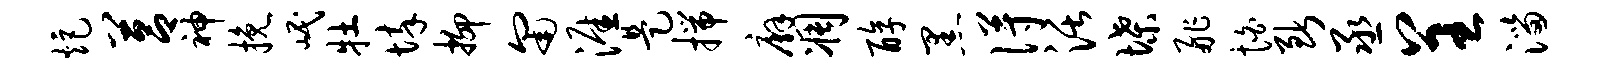
炬莒神挽岷牡悴抑匍涯是揣廨凋醇黑得活堞舴怕断丞呈淄